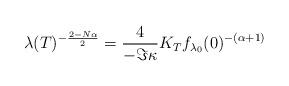
LaTeX: \begin{align*} \lambda (T) ^{- \frac {2- N\alpha } {2}} = \frac {4} {-\Im \kappa } K_T f _{ \lambda _0 } (0) ^{- (\alpha +1)} \end{align*}